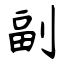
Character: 副